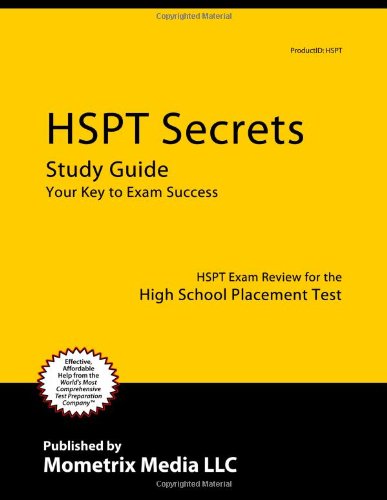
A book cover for HSPT Secrets Study Guide: HSPT Exam Review for the High School Placement Test; HSPT Exam Secrets Test Prep Team; Test Preparation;